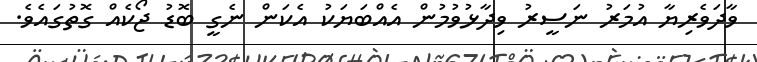
ވާދަވެރިޔާ އުމަރު ނަސީރު ވިދާޅުވުމުން އެއްބަޔަކު އެކަން ނެގީ ބޮޑު ޖޯކެއް ގޮތުގައެވެ.